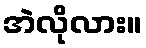
အဲလိုလား။